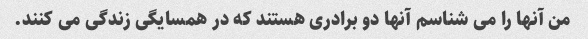
من آنها را می شناسم آنها دو برادری هستند که در همسایگی زندگی می کنند.